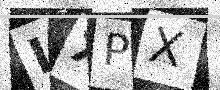
Text: IXPX